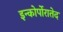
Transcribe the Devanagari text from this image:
इन्कोर्पोरातेद